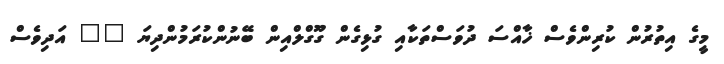
މީގެ އިތުރުން ކުރިންވެސް ޚާއްސަ ދުވަސްތަކާއި ގުޅިގެން ގޫގްލްއިން ބޭނުންކުރަމުންދިޔަ "" އަދިވެސް